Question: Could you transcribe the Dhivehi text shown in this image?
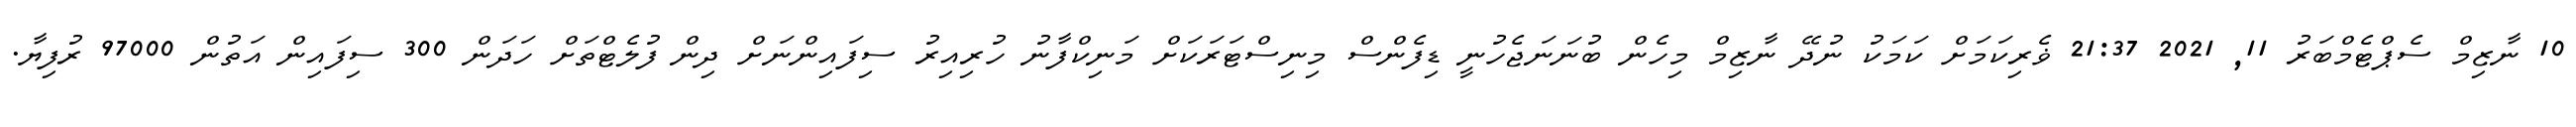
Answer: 10 ނާޒިމް ސެޕްޓެމްބަރު 11, 2021 21:37 ޥެރިކަމަށް ކަމަކު ނުދޭ ނާޒިމް މިހެން ބުނަނަޖެހުނީ ޑިފެންސް މިނިސްޓަރަކަށް މަނިކްފާނު ހުރިއިރު ސިފައިންނަށް ދިން ފުލެޓްތަށް ހަދަން 300 ސިފައިން އަތުން 97000 ރުފިޔާ.